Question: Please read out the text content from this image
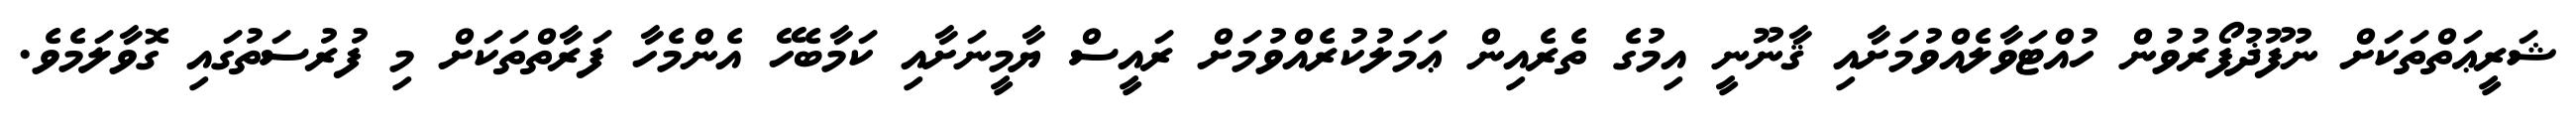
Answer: ޝަރީޢަތްތަކަށް ނުފޫޛުފޯރުވުން ހުއްޓަވާލެއްވުމަށާއި ޤާނޫނީ އިމުގެ ތެރެއިން ޢަމަލުކުރެއްވުމަށް ރައީސް ޔާމީނަށާއި ކަމާބެހޭ އެންމެހާ ފަރާތްތަކަށް މި ފުރުސަތުގައި ގޮވާލަމެވެ.